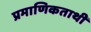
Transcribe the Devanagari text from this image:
प्रमाणिकताथी